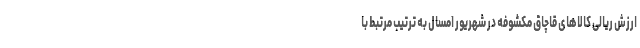
ارزش ریالی کالاهای قاچاق مکشوفه در شهریور امسال به ترتیب مرتبط با